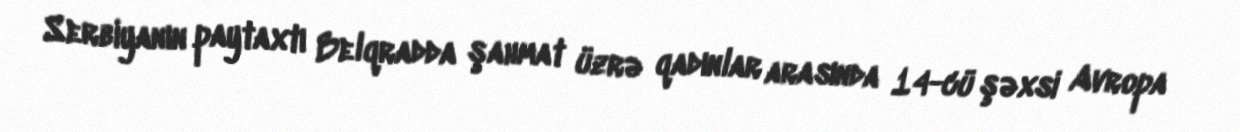
Serbiyanın paytaxtı Belqradda şahmat üzrə qadınlar arasında 14-cü şəxsi Avropa